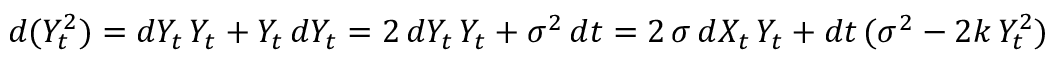
d ( Y _ { t } ^ { 2 } ) = d Y _ { t } \, Y _ { t } + Y _ { t } \, d Y _ { t } = 2 \, d Y _ { t } \, Y _ { t } + \sigma ^ { 2 } \, d t = 2 \, \sigma \, d X _ { t } \, Y _ { t } + d t \, ( \sigma ^ { 2 } - 2 k \, Y _ { t } ^ { 2 } )